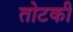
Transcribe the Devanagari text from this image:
तोटकी